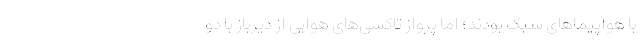
با هواپیماهای سبک بودند؛ اما پرواز تاکسی‌های هوایی از دیرباز با دو